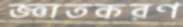
জ্ঞাতকরণ